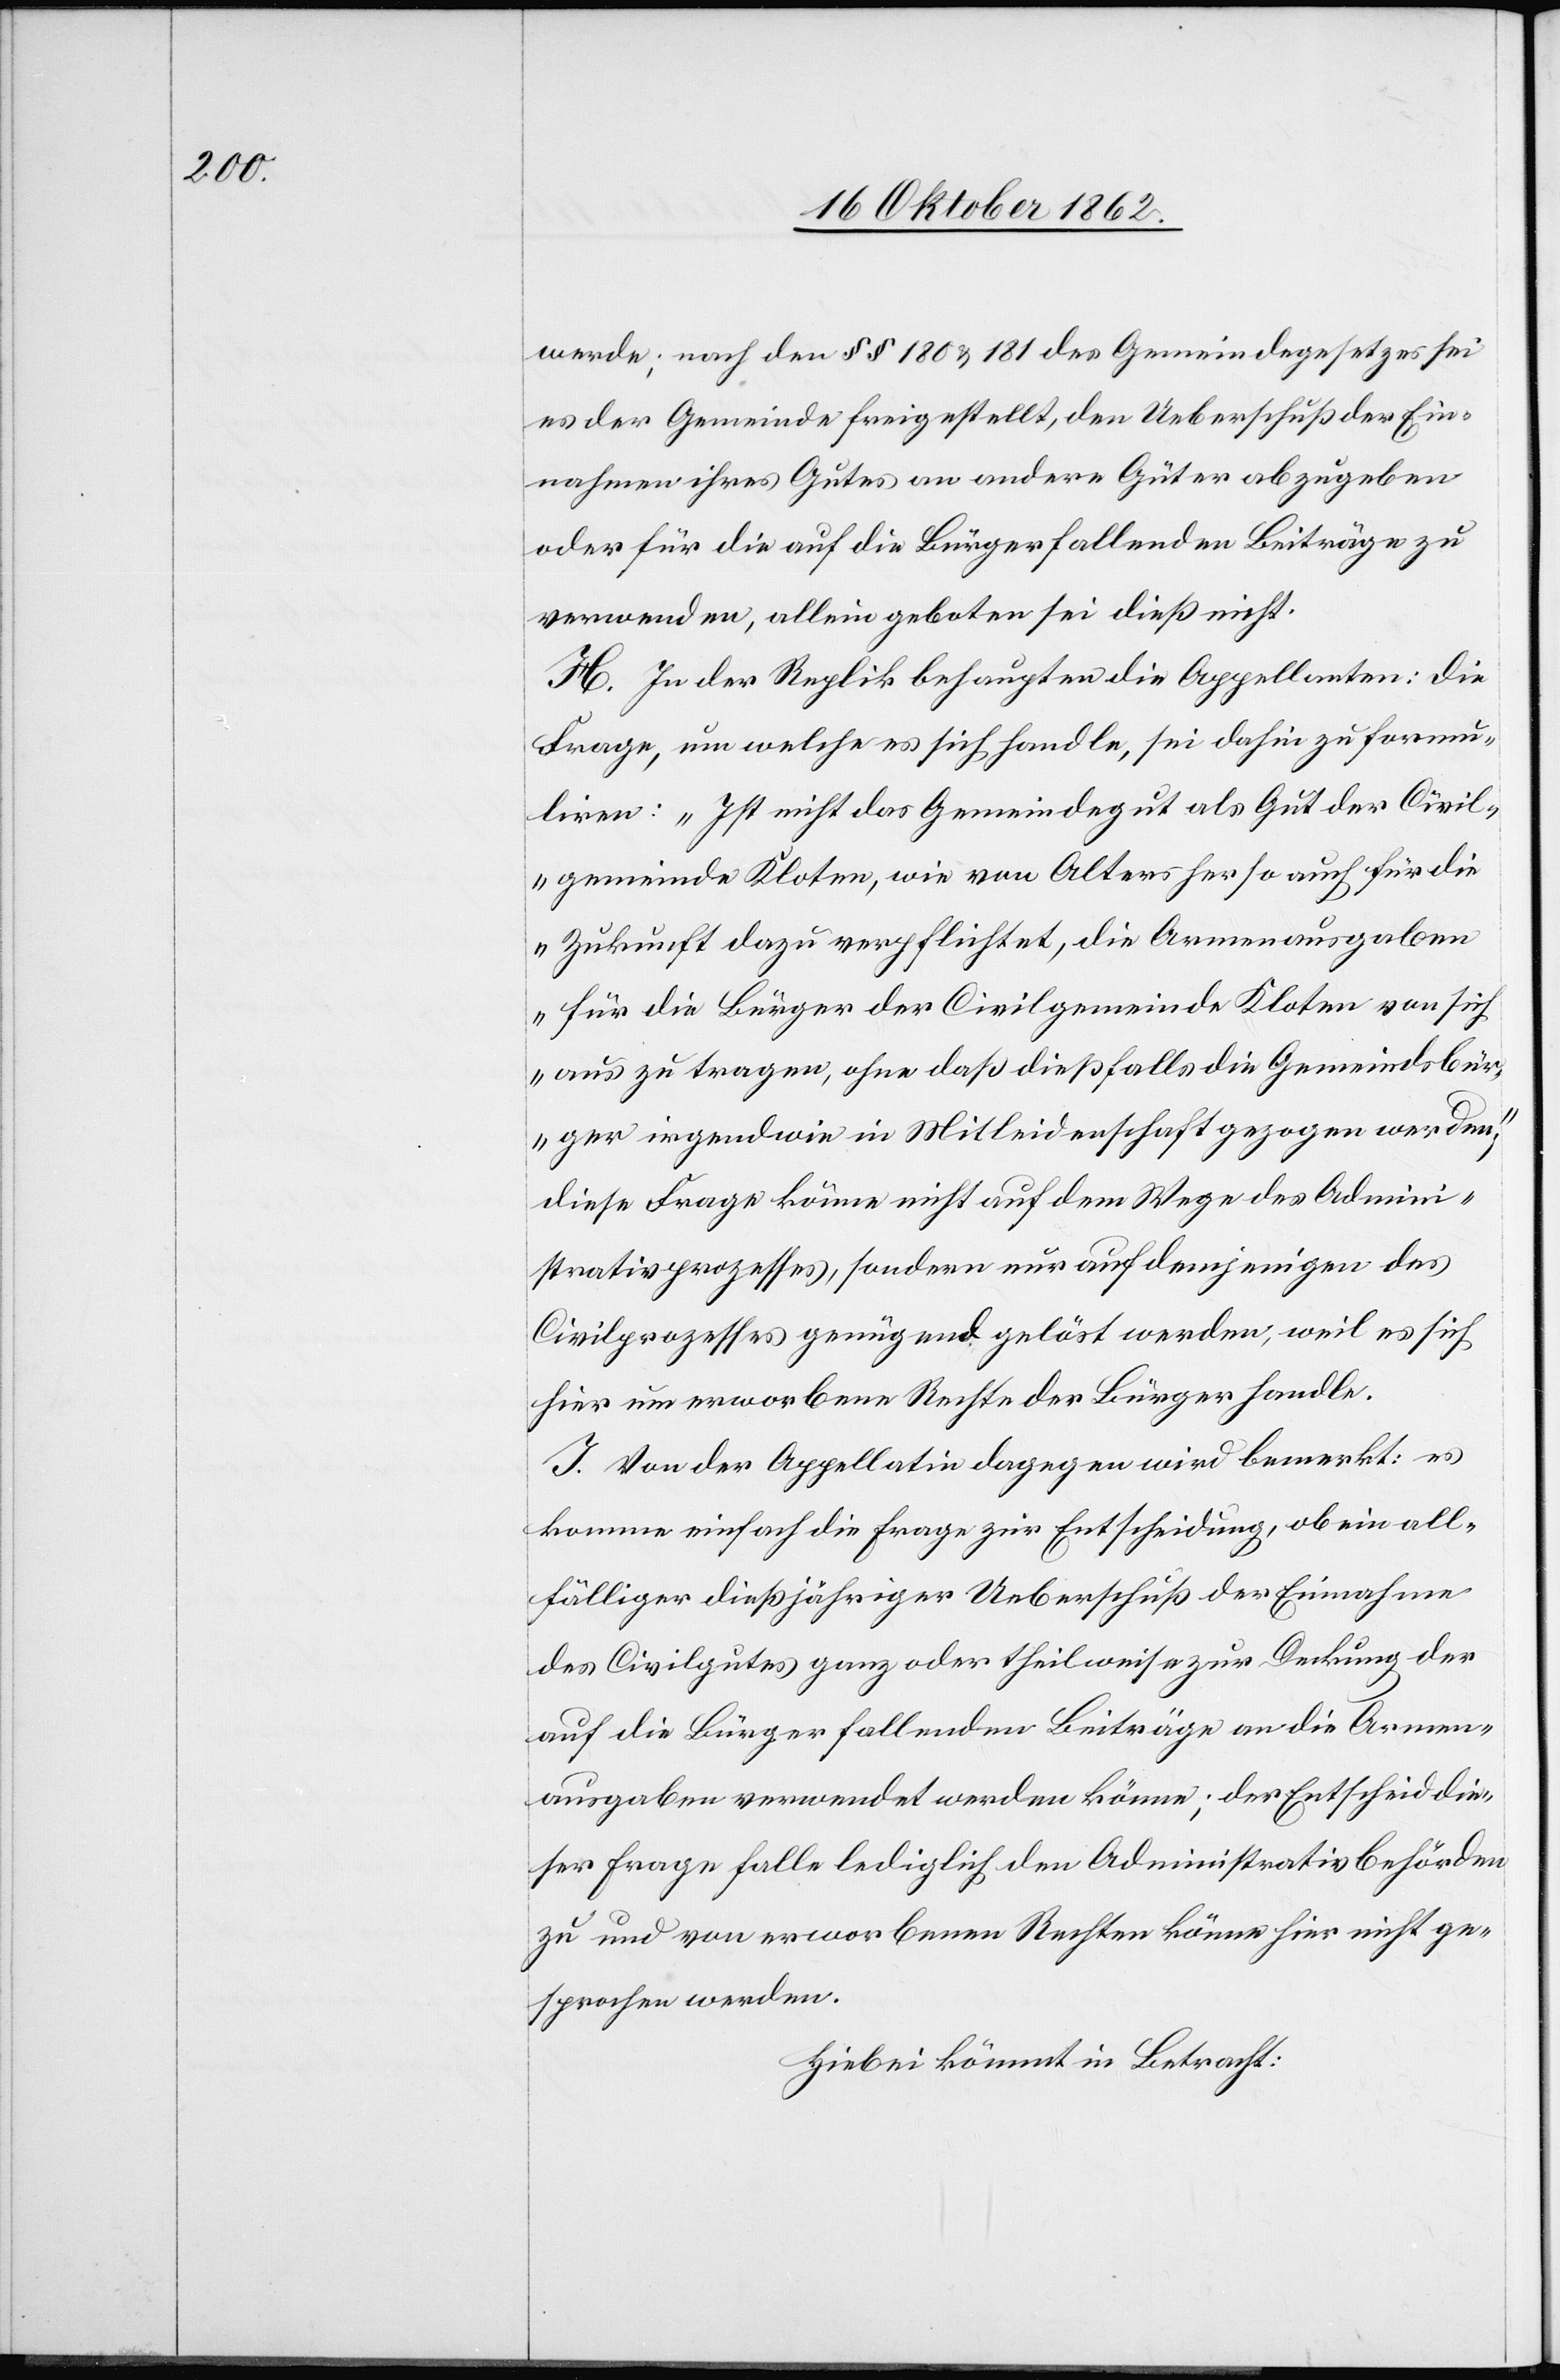
werde; nach den §§ 180 u. 181 des Gemeindegesetzes sei
es der Gemeinde freigestellt, den Ueberschuß der Ein¬
nahmen ihres Gutes an andere Güter abzugeben
oder für die auf die Bürger fallenden Beiträge zu
verwenden, allein geboten sei dieß nicht.
H. In der Replik behaupten die Appellanten: die
Frage, um welche es sich handle, sei dahin zu formu¬
liren: „Ist nicht das Gemeindegut als Gut der Civil¬
gemeinde Kloten, wie von Alters her so auch für die
Zukunft dazu verpflichtet, die Armenausgaben
für die Bürger der Civilgemeinde Kloten von sich
aus zu tragen, ohne daß dießfalls die Gemeindsbür¬
ger irgendwie in Mitleidenschaft gezogen werden.“
Diese Frage könne nicht auf dem Wege des Admini¬
strativprozesses, sondern nur auf demjenigen des
Civilprozesses genügend gelöst werden, weil es sich
hier um erworbene Rechte der Bürger handle.
J. Von der Appellatin dagegen wird bemerkt: es
komme einfach die Frage zur Entscheidung, ob ein all¬
fälliger dießjähriger Ueberschuß der Einnahme
des Civilgutes ganz oder theilweise zur Deckung der
auf die Bürger fallenden Beiträge an die Armen¬
ausgaben verwendet werden könne; der Entscheid die¬
ser Frage falle lediglich den Administrativbehörden
zu und von erworbenen Rechten könne hier nicht ge¬
sprochen werden.
Hiebei kömmt in Betracht: